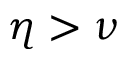
\eta > \nu